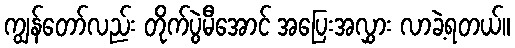
ကျွန်တော်လည်း တိုက်ပွဲမီအောင် အပြေးအလွှား လာခဲ့ရတယ်။